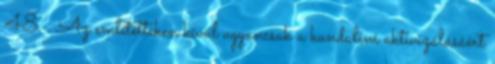
48. . Az említetteken kívül ugyancsak a kundaliní aktivizálásáért